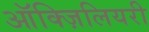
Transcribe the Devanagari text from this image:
ऑक्ज़िलियरी